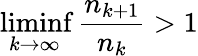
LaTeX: \operatorname*{liminf}_{k\to\infty}{\frac{n_{k+1}}{n_{k}}}>1